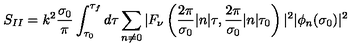
S _ { I I } = k ^ { 2 } \frac { \sigma _ { 0 } } { \pi } \int _ { \tau _ { 0 } } ^ { \tau _ { f } } d \tau \sum _ { n \neq 0 } ^ { } | F _ { \nu } \left( \frac { 2 \pi } { \sigma _ { 0 } } | n | \tau , \frac { 2 \pi } { \sigma _ { 0 } } | n | \tau _ { 0 } \right) | ^ { 2 } | \phi _ { n } ( \sigma _ { 0 } ) | ^ { 2 }